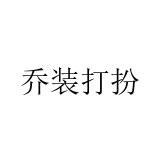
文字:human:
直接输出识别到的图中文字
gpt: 乔装打扮